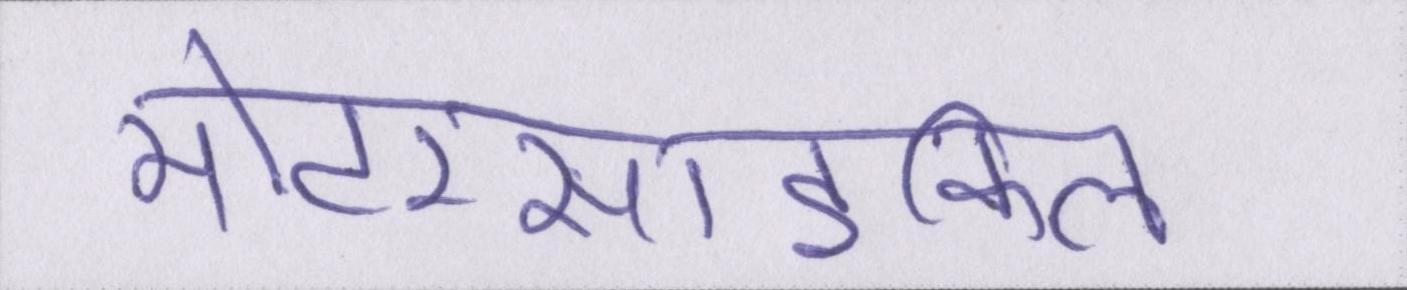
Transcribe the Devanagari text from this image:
मोटरसाइकिल